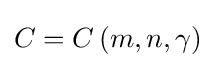
\textstyle C=C\left(m,n,\gamma \right)